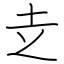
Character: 赱